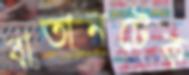
বাতানটেক